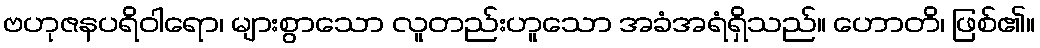
ဗဟုဇနပရိဝါရော၊ များစွာသော လူတည်းဟူသော အခံအရံရှိသည်။ ဟောတိ၊ ဖြစ်၏။